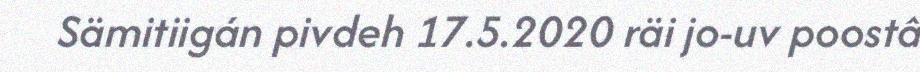
Sämitiigán pivdeh 17.5.2020 räi jo-uv poostâ